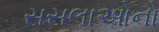
સસલાઓનો